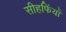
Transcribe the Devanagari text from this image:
सीहफिंयाँ